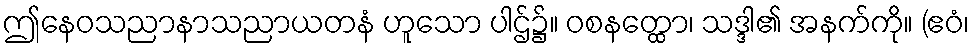
ဤနေဝသညာနာသညာယတနံ ဟူသော ပါဌ်၌။ ဝစနတ္ထော၊ သဒ္ဒါ၏ အနက်ကို။ (ဧဝံ၊